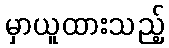
မှာယူထားသည့်